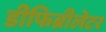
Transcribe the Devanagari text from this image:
डीफिब्रीलेटर